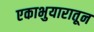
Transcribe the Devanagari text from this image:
एकाभुयारातून